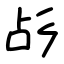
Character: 㣌